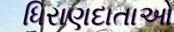
ધિરાણદાતાઓ